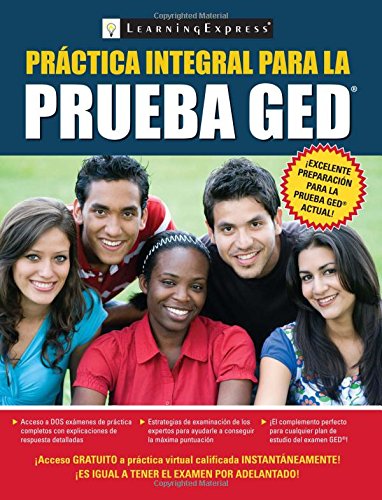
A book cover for Comprehensive Practice for the GED Test en Espanol; LLC LearningExpress; Test Preparation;